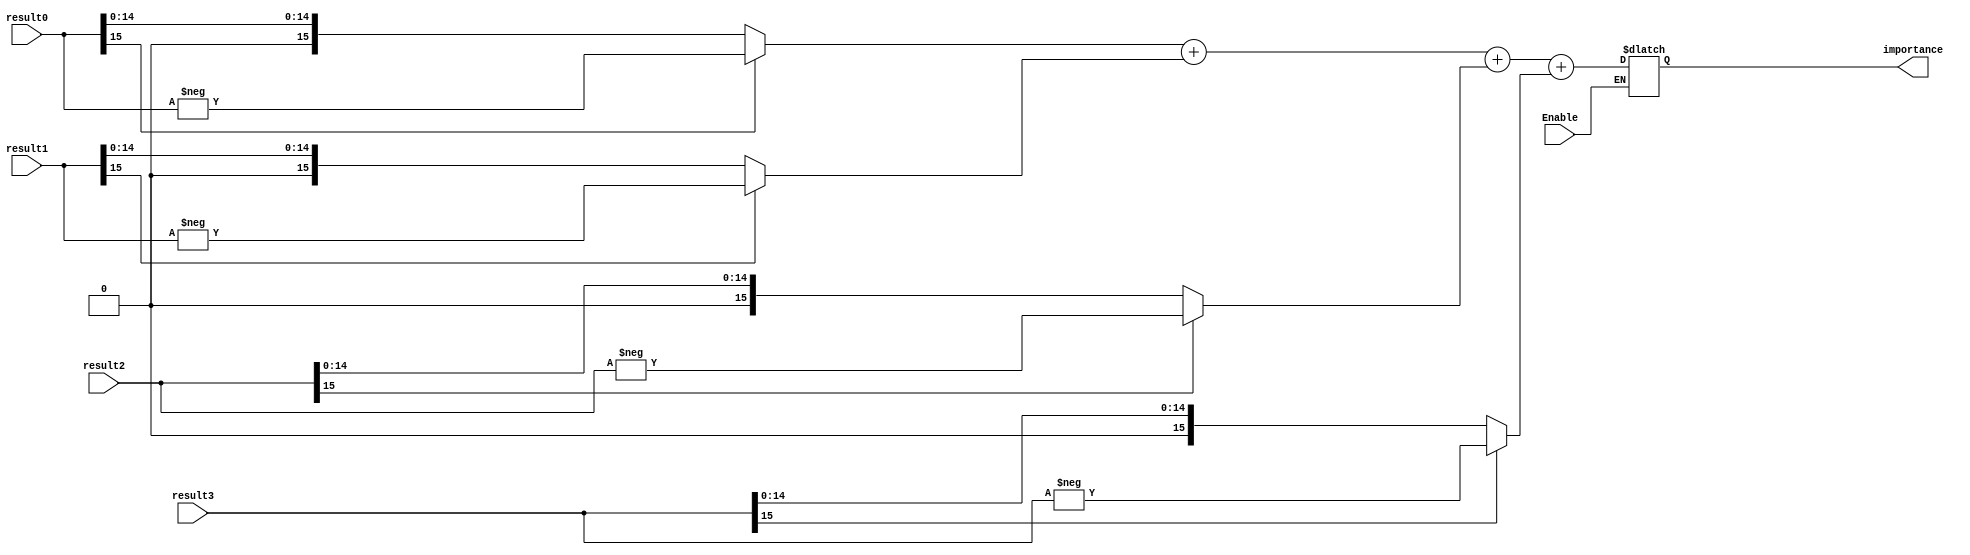
module Importance #(parameter width=8)(
	input  Enable,
	input signed  [2*width-1:0] result0 ,result1,result2,result3,
	output reg [2*width-1:0] importance

);
reg [2*width-1:0] result0_abs ,result1_abs,result2_abs,result3_abs;
always @(Enable,result0 ,result1,result2,result3)
begin
	if(Enable)
	begin
	result0_abs = result0[2*width-1] ? -result0 : result0; // absolute
	result1_abs = result1[2*width-1] ? -result1 : result1;
	result2_abs = result2[2*width-1] ? -result2 : result2;
	result3_abs = result3[2*width-1] ? -result3 : result3;
	importance = result0_abs + result1_abs + result2_abs + result3_abs;
	end


end





endmodule